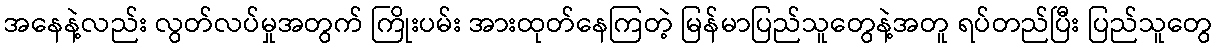
အနေနဲ့လည်း လွတ်လပ်မှုအတွက် ကြိုးပမ်း အားထုတ်နေကြတဲ့ မြန်မာပြည်သူတွေနဲ့အတူ ရပ်တည်ပြီး ပြည်သူတွေ